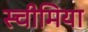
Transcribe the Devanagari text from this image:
स्चीमिया